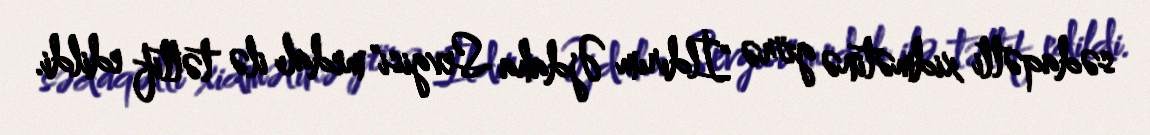
sədaqətli xidmətinə görə "İldırım Əjdaha Sevgisi" medalı ilə təltif edildi.